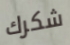
شكرك